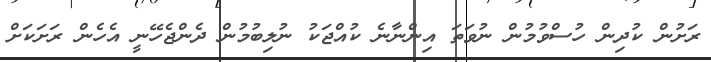
ރަށުން ކުދިން ހުސްވުމުން ނުވަތަ އިންނާނެ ކުއްޖަކު ނުލިބުމުން ދެންޖެހޭނީ އެހެން ރަށަކަށް